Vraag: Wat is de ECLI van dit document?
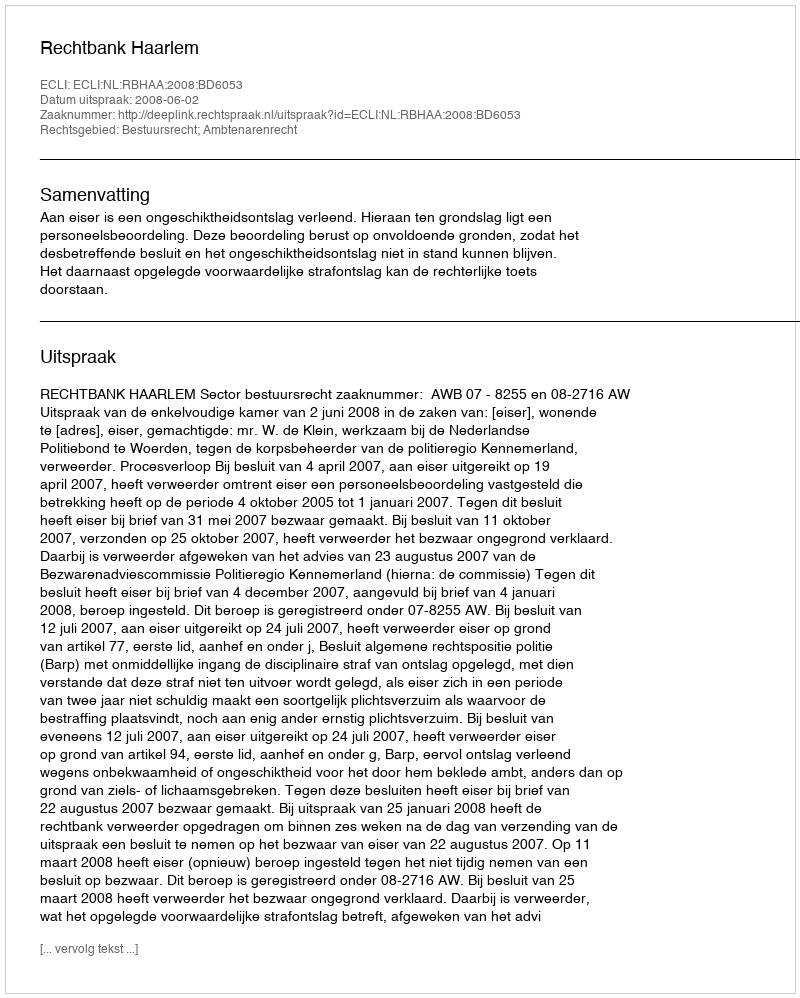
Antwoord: ECLI:NL:RBHAA:2008:BD6053